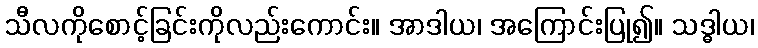
သီလကိုစောင့်ခြင်းကိုလည်းကောင်း။ အာဒါယ၊ အကြောင်းပြု၍။ သဒ္ဓါယ၊